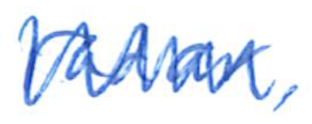
Text: radar,
Cross-out: zig-zag
Writing tool: ballpoint